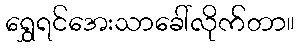
ရွှေရင်အေးသာခေါ်လိုက်တာ။